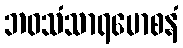
ဘဝသံသာရမောစနံ